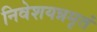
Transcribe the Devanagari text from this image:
निवेशयन्नमृतं